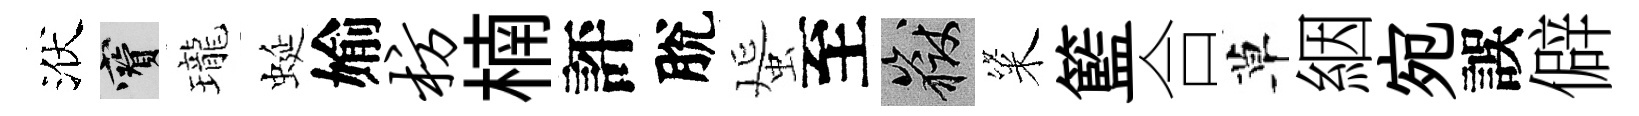
洑寶瓏蜒媮枋楠評脫蜑至岳粢籃合草絪宛誤僻